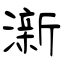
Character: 澵